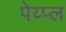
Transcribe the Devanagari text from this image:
पेय्प्ल